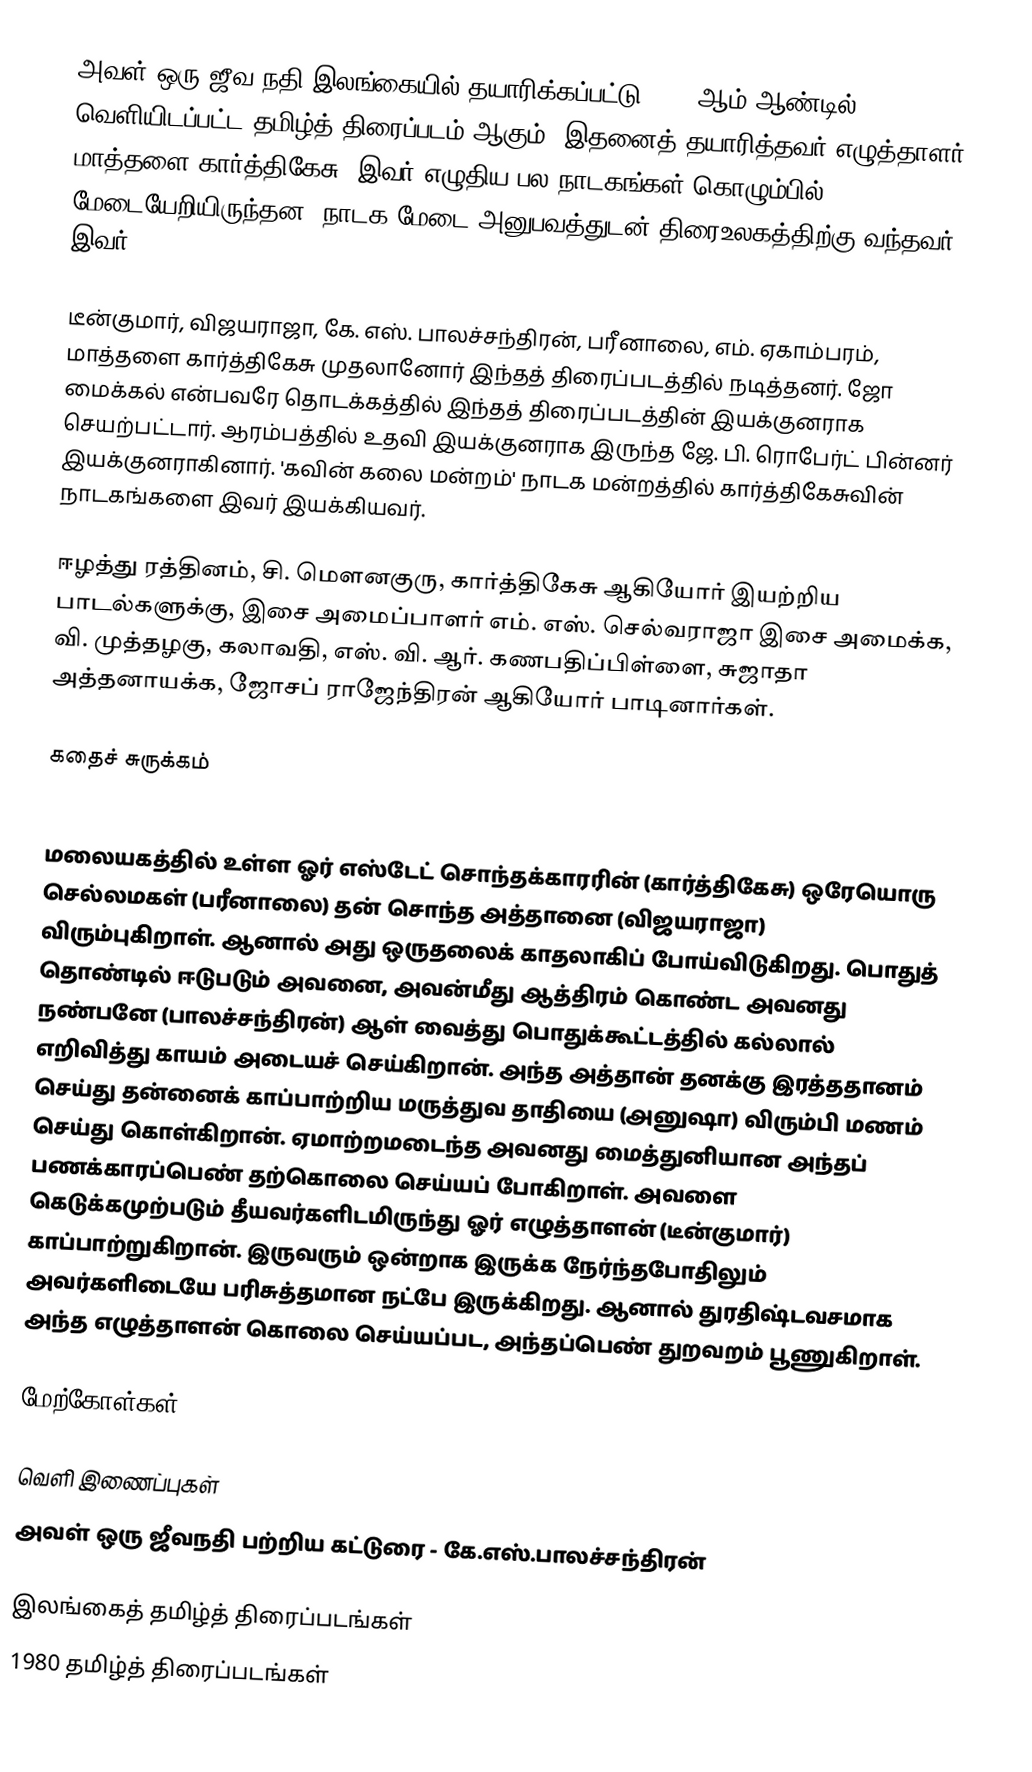
அவள் ஒரு ஜீவ நதி இலங்கையில் தயாரிக்கப்பட்டு 1980 ஆம் ஆண்டில் வெளியிடப்பட்ட தமிழ்த் திரைப்படம் ஆகும். இதனைத் தயாரித்தவர் எழுத்தாளர் மாத்தளை கார்த்திகேசு. இவர் எழுதிய பல நாடகங்கள் கொழும்பில் மேடையேறியிருந்தன. நாடக மேடை அனுபவத்துடன் திரைஉலகத்திற்கு வந்தவர் இவர்.

டீன்குமார், விஜயராஜா, கே. எஸ். பாலச்சந்திரன், பரீனாலை, எம். ஏகாம்பரம், மாத்தளை கார்த்திகேசு முதலானோர் இந்தத் திரைப்படத்தில் நடித்தனர். ஜோ மைக்கல் என்பவரே தொடக்கத்தில் இந்தத் திரைப்படத்தின் இயக்குனராக செயற்பட்டார். ஆரம்பத்தில் உதவி இயக்குனராக இருந்த ஜே. பி. ரொபேர்ட் பின்னர் இயக்குனராகினார். 'கவின் கலை மன்றம்' நாடக மன்றத்தில் கார்த்திகேசுவின் நாடகங்களை இவர் இயக்கியவர்.

ஈழத்து ரத்தினம், சி. மெளனகுரு, கார்த்திகேசு ஆகியோர் இயற்றிய பாடல்களுக்கு, இசை அமைப்பாளர் எம். எஸ். செல்வராஜா இசை அமைக்க, வி. முத்தழகு, கலாவதி, எஸ். வி. ஆர். கணபதிப்பிள்ளை, சுஜாதா அத்தனாயக்க, ஜோசப் ராஜேந்திரன் ஆகியோர் பாடினார்கள்.

கதைச் சுருக்கம்

மலையகத்தில் உள்ள ஓர் எஸ்டேட் சொந்தக்காரரின் (கார்த்திகேசு) ஒரேயொரு செல்லமகள் (பரீனாலை) தன் சொந்த அத்தானை  (விஜயராஜா) விரும்புகிறாள். ஆனால் அது ஒருதலைக் காதலாகிப் போய்விடுகிறது. பொதுத் தொண்டில் ஈடுபடும் அவனை, அவன்மீது ஆத்திரம் கொண்ட அவனது நண்பனே (பாலச்சந்திரன்) ஆள் வைத்து பொதுக்கூட்டத்தில் கல்லால் எறிவித்து காயம் அடையச் செய்கிறான். அந்த அத்தான் தனக்கு இரத்ததானம் செய்து தன்னைக் காப்பாற்றிய மருத்துவ தாதியை (அனுஷா) விரும்பி மணம் செய்து கொள்கிறான். ஏமாற்றமடைந்த அவனது மைத்துனியான அந்தப் பணக்காரப்பெண் தற்கொலை செய்யப் போகிறாள். அவளை கெடுக்கமுற்படும் தீயவர்களிடமிருந்து ஓர் எழுத்தாளன் (டீன்குமார்) காப்பாற்றுகிறான். இருவரும் ஒன்றாக இருக்க நேர்ந்தபோதிலும் அவர்களிடையே பரிசுத்தமான நட்பே இருக்கிறது. ஆனால் துரதிஷ்டவசமாக அந்த எழுத்தாளன் கொலை செய்யப்பட, அந்தப்பெண் துறவறம் பூணுகிறாள்.

மேற்கோள்கள்

வெளி இணைப்புகள்
  அவள் ஒரு ஜீவநதி பற்றிய கட்டுரை - கே.எஸ்.பாலச்சந்திரன்

இலங்கைத் தமிழ்த் திரைப்படங்கள்
1980 தமிழ்த் திரைப்படங்கள்